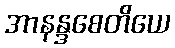
အာနန္ဒစေတိယေ